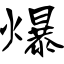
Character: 爆